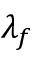
\lambda _ { f }